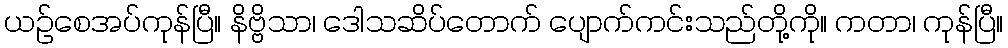
ယဉ်စေအပ်ကုန်ပြီ။ နိဗ္ဗိသာ၊ ဒေါသဆိပ်တောက် ပျောက်ကင်းသည်တို့ကို။ ကတာ၊ ကုန်ပြီ။